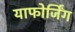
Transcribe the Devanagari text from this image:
याफोर्जिंग